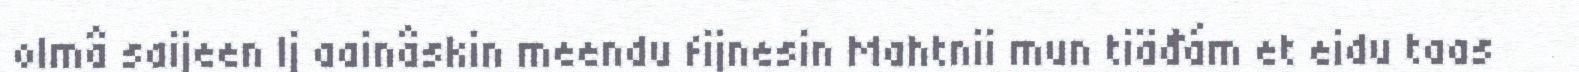
olmâ saijeen Ij aainâskin meendu fijnesin Mahtnii mun tiäđám et eidu taas